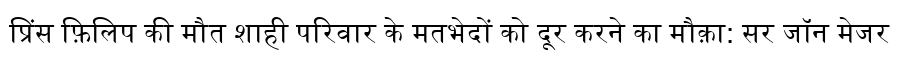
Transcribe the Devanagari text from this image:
प्रिंस फ़िलिप की मौत शाही परिवार के मतभेदों को दूर करने का मौक़ा: सर जॉन मेजर